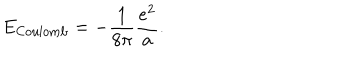
E _ { \mathrm { C o u l o m b } } = - { \frac { 1 } { 8 \pi } } { \frac { e ^ { 2 } } { a } } .